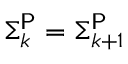
\Sigma _ { k } ^ { \mathsf { P } } = \Sigma _ { k + 1 } ^ { \mathsf { P } }